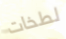
لطخات